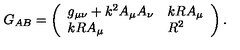
G _ { A B } = \left( \begin{array} { l l } { g _ { \mu \nu } + k ^ { 2 } A _ { \mu } A _ { \nu } } & { k R A _ { \mu } } \\ { k R A _ { \mu } } & { R ^ { 2 } } \\ \end{array} \right) .